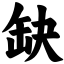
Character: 缺